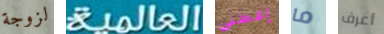
لزوجة العالمية إعطنى ما أعرف